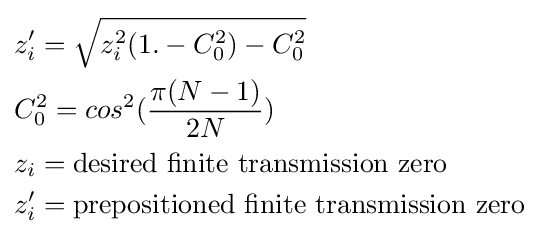
{\begin{aligned}&z_{i}'={\sqrt {z_{i}^{2}(1.-C_{0}^{2})-C_{0}^{2}}}\\&C_{0}^{2}=cos^{2}({\frac {\pi (N-1)}{2N}})\\&z_{i}={\text{desired finite transmission zero}}\\&z_{i}'={\text{prepositioned finite transmission zero}}\\\end{aligned}}